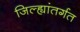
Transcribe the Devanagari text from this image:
जिल्ह्यांतर्गत